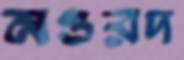
নওরদ